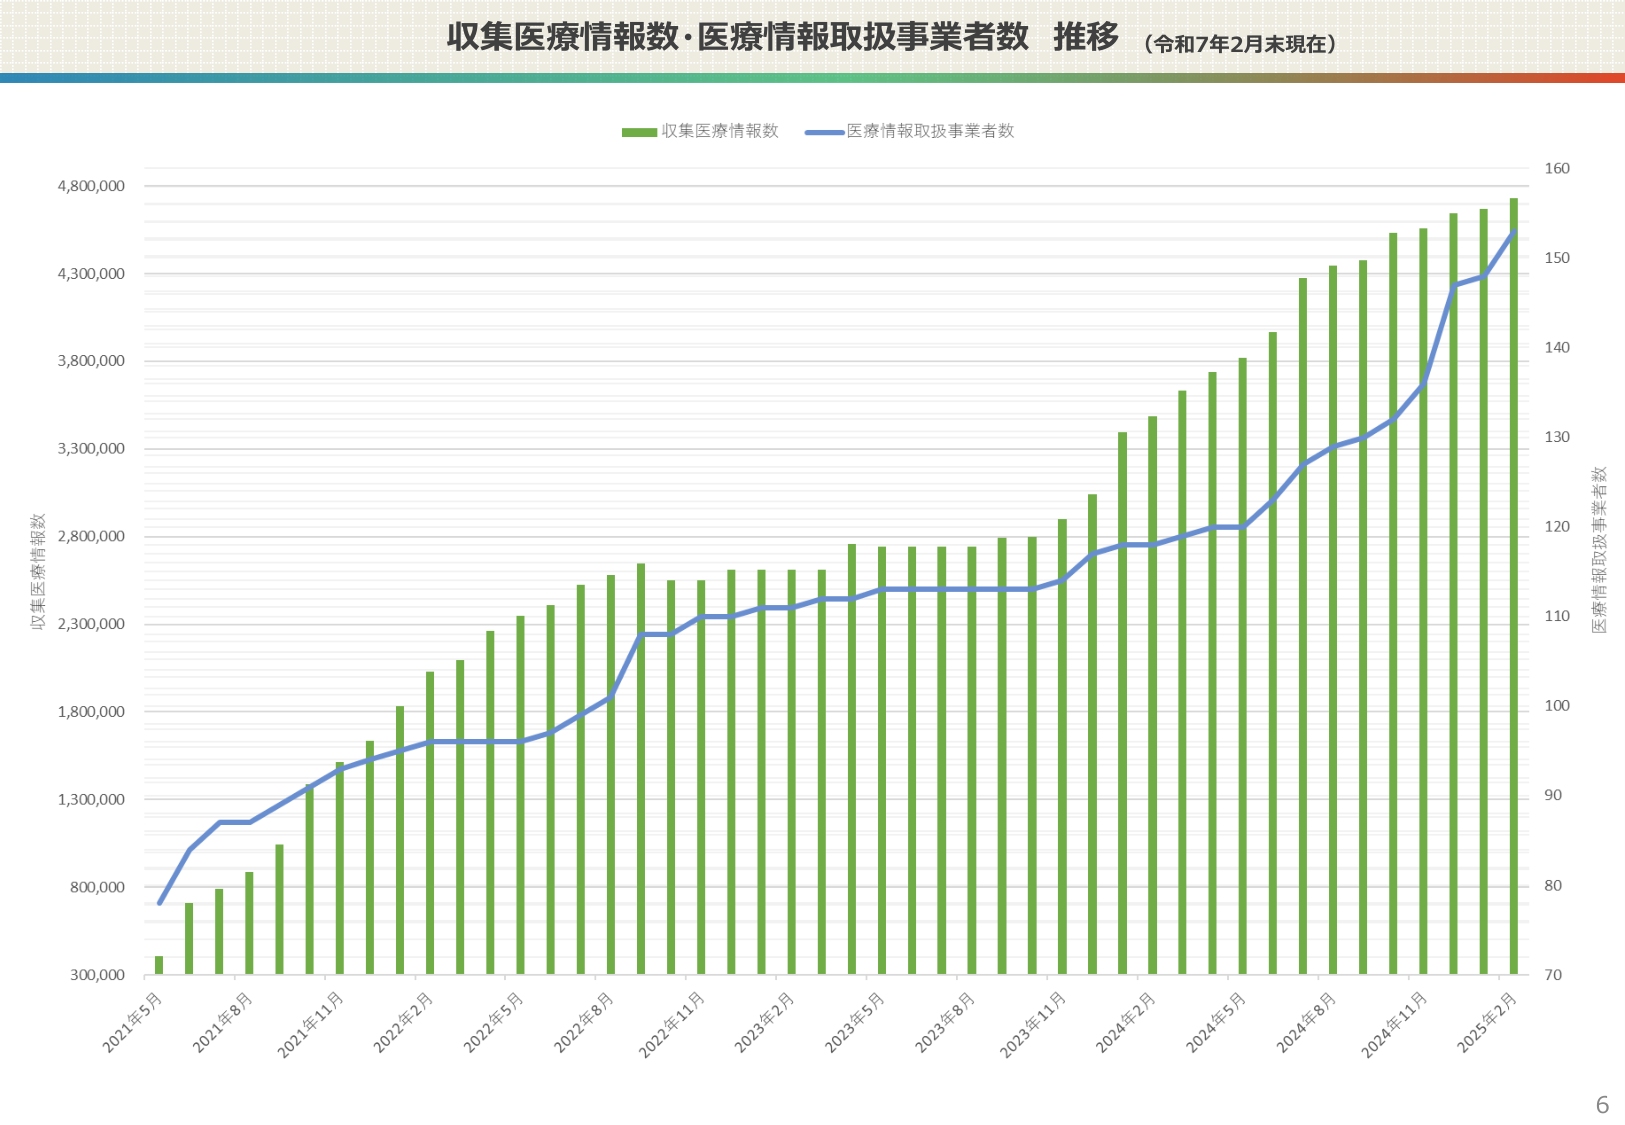
收集医療情報数・医療情報取扱事業者数 推移 （令和7年2月末現在）

収集医療情報数
医療情報取扱事業者数

収集医療情報数
医療情報取扱事業者数

2021年5月
2021年8月
2021年11月
2022年2月
2022年5月
2022年8月
2022年11月
2023年2月
2023年5月
2023年8月
2023年11月
2024年2月
2024年5月
2024年8月
2024年11月
2025年2月

300,000
800,000
1,300,000
1,800,000
2,300,000
2,800,000
3,300,000
3,800,000
4,300,000
4,800,000

70
80
90
100
110
120
130
140
150
160

6